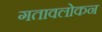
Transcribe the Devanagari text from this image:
गतावलोकन